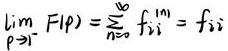
\[ \lim_{p \to 1^{-}} F(p) = \sum_{n=0}^{\infty} f_{ii}^{(n)} = f_{ii} \]